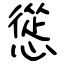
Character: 慫